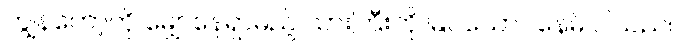
ကျွန်တော့်ကို မျှော်နေရှာမည့် သားကြီးကို မြင်ယောင်နေမိ ပါသည်။